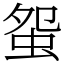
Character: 䖤